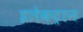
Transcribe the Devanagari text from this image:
इलेकट्रान